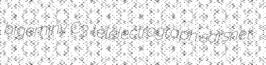
bigeminy C3 telelectrograph sarsnet